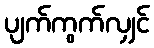
ပျက်ကွက်လျှင်